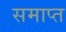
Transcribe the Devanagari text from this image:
समाप्त